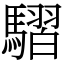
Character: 騽